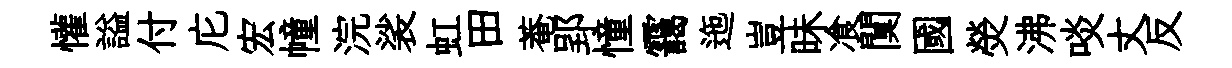
懽謚付庀宏幢浣裟虹田菴郢憧靄迤豈昧飡闃國熒沸啖丈反